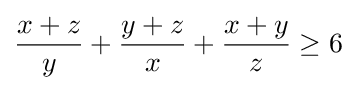
{\frac {x+z}{y}}+{\frac {y+z}{x}}+{\frac {x+y}{z}}\geq 6